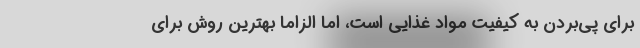
برای پی‌بردن به کیفیت مواد غذایی است، اما الزاما بهترین روش برای